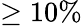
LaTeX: \geq 10\%